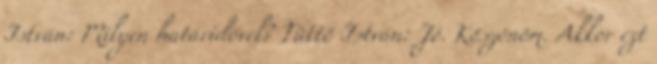
István: Milyen határidővel? Tüttő István: Jó. Köszönöm. Akkor ezt